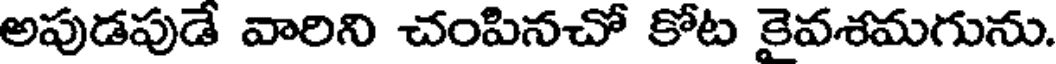
అపుడపుడే వారిని చంపినచో కోట కైవశమగును.